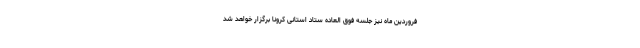
فروردین ماه نیز جلسه فوق العاده ستاد استانی کرونا برگزار خواهد شد